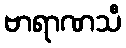
ဗာရာဏသီ